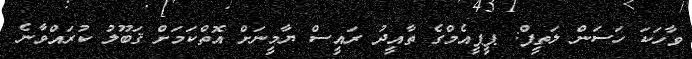
ވާހަކަ ހަސަން ލަތީފް: ޕީޕީއެމްގެ ތާއީދު ރައީސް ޔާމީނަށް އޮތްކަމަށް ޤަބޫލު ކުރައްވާނެ